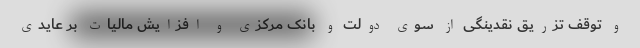
و توقف تزریق نقدینگی از سوی دولت و بانک مرکزی و افزایش مالیات بر عایدی